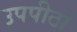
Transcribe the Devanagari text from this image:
उपपीठों